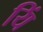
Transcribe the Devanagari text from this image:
यिं